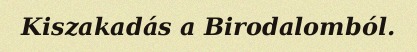
Kiszakadás a Birodalomból.